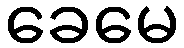
ခေမေ